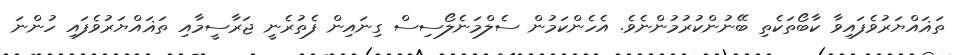
ތަޣައްޔަރުވެފައިވާ ކާބޯތަކެތި ބޭނުންކުރުމުންނެވެ. އެހެންކަމުން ސެލްމަނެލޯސިސް ގިނައިން ފެތުރެނީ ޖަރާސީމާއި ތަޣައްޔަރުވެފައި ހުންނަ